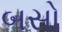
બસો